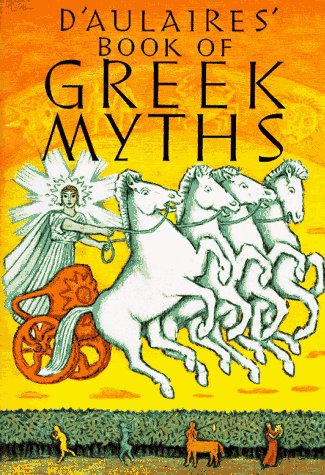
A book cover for D'aulaire's Book of Greek Myths; Ingri d'Aulaire; Literature & Fiction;